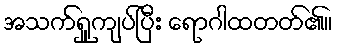
အသက်ရှူကျပ်ပြီး ရောဂါထတတ်၏။